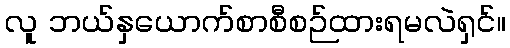
လူ ဘယ်နှယောက်စာစီစဉ်ထားရမလဲရှင်။